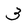
Character: 3